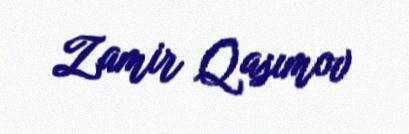
Zamir Qasımov